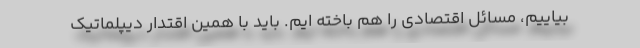
بیاییم، مسائل اقتصادی را هم باخته ایم. باید با همین اقتدار دیپلماتیک